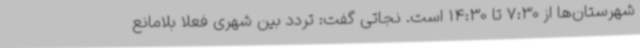
شهرستان‌ها از 7:30 تا 14:30 است. نجاتی گفت: تردد بین شهری فعلا بلامانع